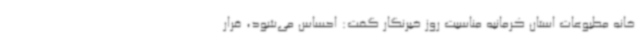
خانه مطبوعات استان کرمانبه مناسبت روز خبرنگار گفت: احساس می‌شود، قرار